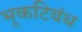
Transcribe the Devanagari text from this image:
भूकटिबंध